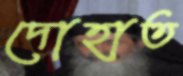
দোহাত